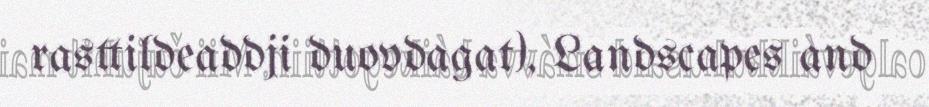
rasttildeaddji duovdagat), Landscapes and